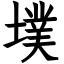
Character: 墣